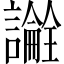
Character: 𬣎